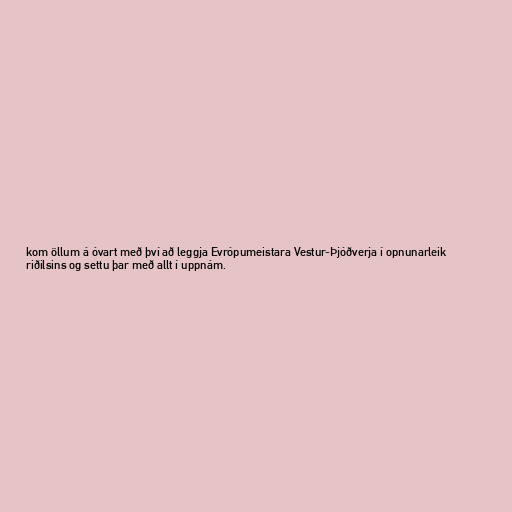
kom öllum á óvart með því að leggja Evrópumeistara Vestur-Þjóðverja í opnunarleik
riðilsins og settu þar með allt í uppnám.